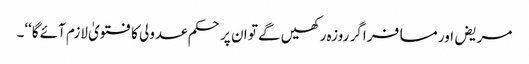
مریض اور مسافر اگر روزہ رکھیں گے تو ان پر حکم عدولی کا فتویٰ لازم آئے گا‘‘۔